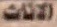
الاثاث